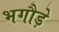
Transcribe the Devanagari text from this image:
भगौड़े